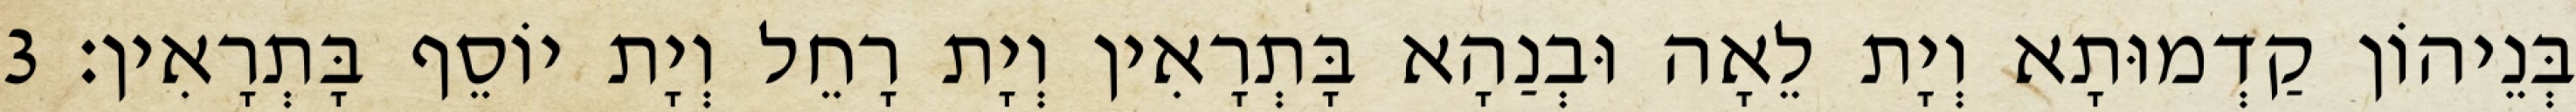
בְּנֵיהוֹן קַדְמוּתָא וְיָת לֵאָה וּבְנַהָא בָּתְרָאִין וְיָת רָחֵל וְיָת יוֹסֵף בָּתְרָאִין׃ 3